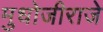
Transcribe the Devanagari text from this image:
मुधोजीराजे